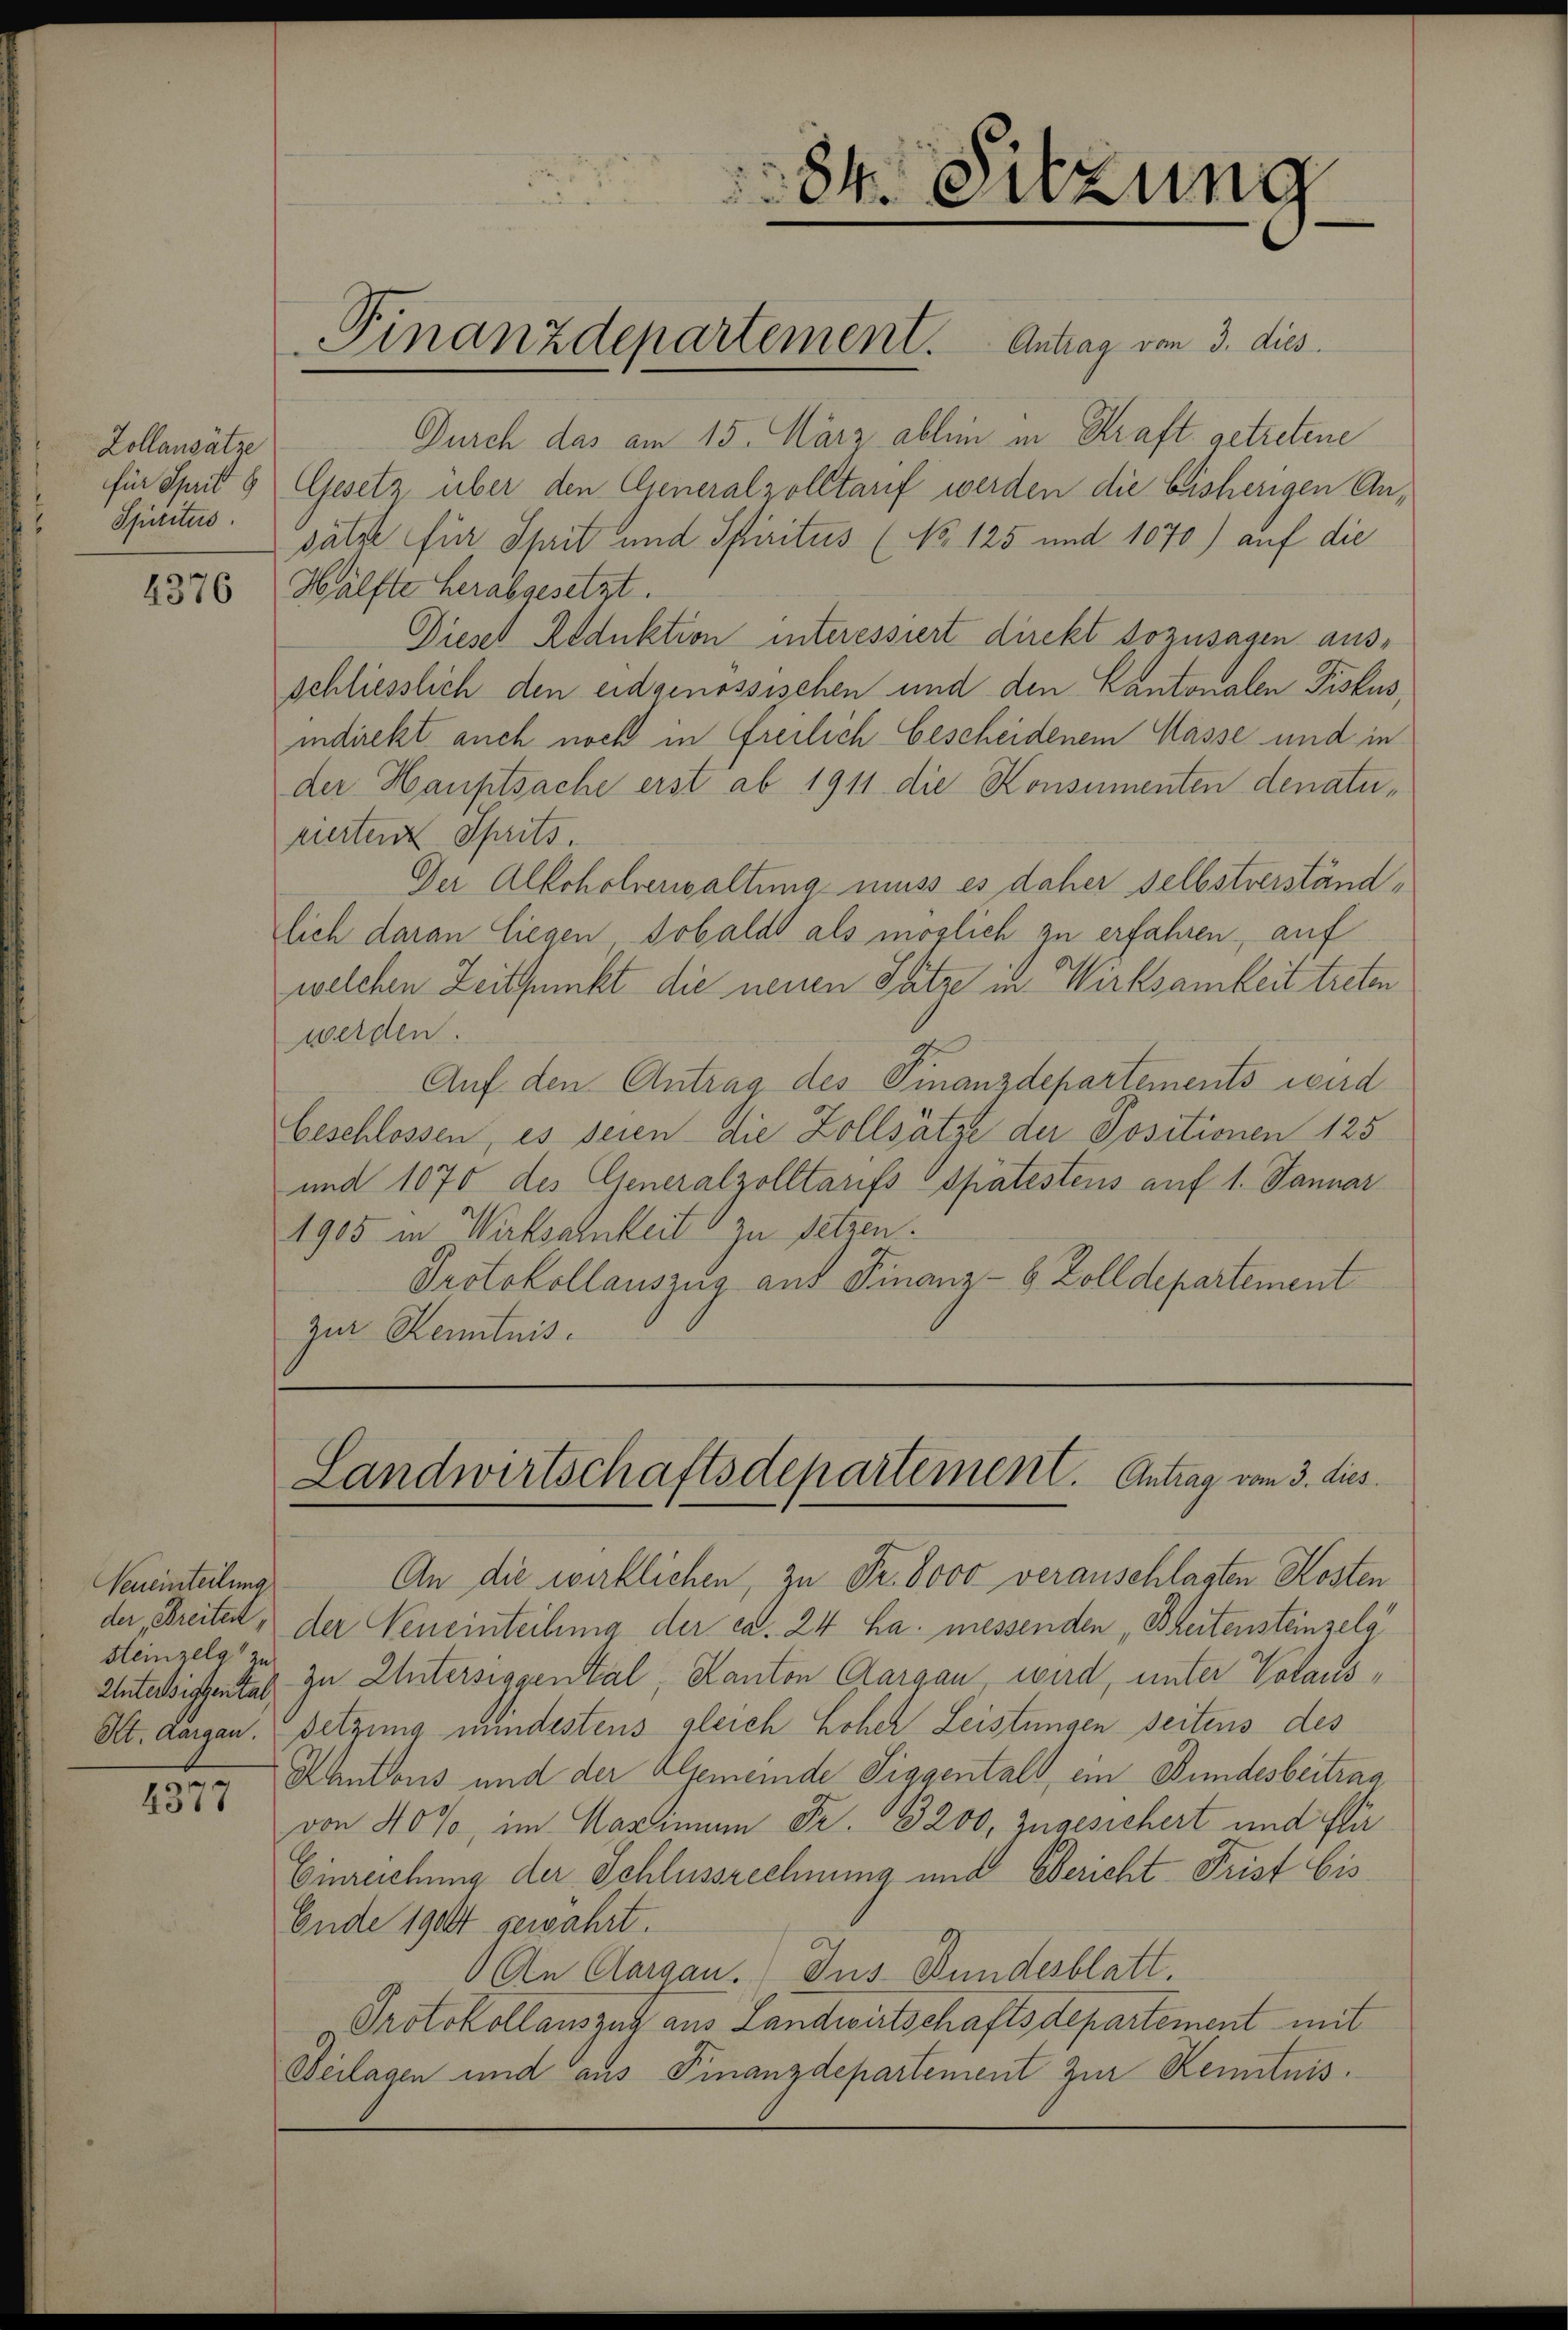
Zollansätze
für Sprit
Spiritus.

4376

Neueinteilung
Steinzelg zu

4377

Durch das am 15. März ablem in Kraft getretene
Gesetz über den Generalzolltauf werden die bisherigen Ansätze für Sprit und Spiritus (No 125 und 1070) auf die
Hälfte herabgesetzt.
Diesel Reduktion interessiert direkt sozusagen aus-
schliesslich den eidgenössischen und den Kantonalen Fiskus,
indirekt auch noch in freilich bescheidenem Masse und in
der Hauptsache erst ab 1911 die Konsumenten denaturierten Sprits.
Der Alkoholverwaltung muss es daher selbstverständlich daran liegen sobald als möglich zu erfahren, auf
welchen Zeitpunkt die neuen Sätze in Wirksamkeit treten
werden.
Auf den Antrag des Finanzdepartements wird
beschlossen, es seien die Zollsätze der Positionen 125
und 1070 des Generalzolltarifs spätestens auf 1. Januar
1905 in Wirksamkeit setzen.
Protokollauszug auf Finanz-6 Zolldepartement
zur Kenntnis.

84. Sitzung

Finanzdepartement. Antrag vom 3. dies

Landwirtschaftsdepartement. Antrag vom 3. dies

An die wirklichen, zu Fr. 8000 veranschlagten Kosten
der Breitet, der Neueinteilung der ca. 24 ha messenden Breitensteinzelg
Unterssistental zu Untersiggental, Kanton Aargau, wird, unter Volaus¬
Kt. Aargau. Setzung mindestens gleich hoher Leistungen seitens des
Kantons und der Algemeinde Siggentals, ein Bundesbeitrag
von 40%, im Marinnen Fr. 3200, Zugesichert und stir
Einreichung der Schlussrechnung und Bericht Frist bis
Ende 1904 gewahrt.
An Aargau. Jus Bundesblatt
Protokollauszug aus Landwirtschaftsdepartement mit
Beilagen und aus Finanzdepartement zur Kenntnis.